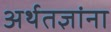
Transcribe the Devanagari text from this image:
अर्थतज्ञांना